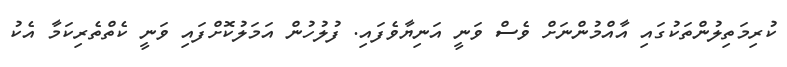
ކުރިމަތިލުންތަކުގައި އާއްމުންނަށް ވެސް ވަނީ އަނިޔާވެފައި. ފުލުހުން އަމަލުކޮށްފައި ވަނީ ކެތްތެރިކަމާ އެކު